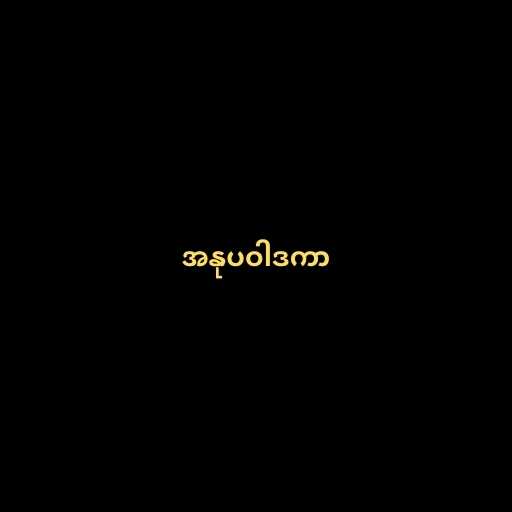
အနုပဝါဒကာ